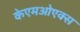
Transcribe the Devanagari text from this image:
केएमओएक्स